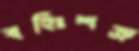
বহিঃশত্রু